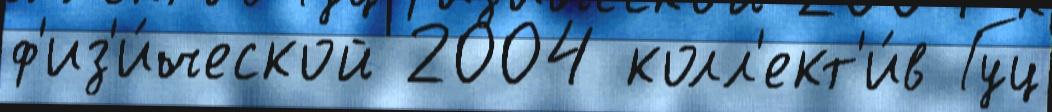
ф'из'и́ческой 2004 колл'ект'и́в Гуц